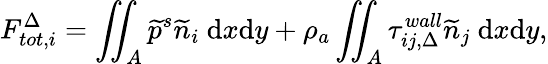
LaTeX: F_{tot,i}^{\Delta}=\iint_{A}\widetilde{p}^{s}\widetilde{n}_{i}\ \mathrm{d}x\mathrm{d}y+\rho_{a}\iint_{A}\tau_{ij,\Delta}^{wall}\widetilde{n}_{j}\ \mathrm{d}x\mathrm{d}y,